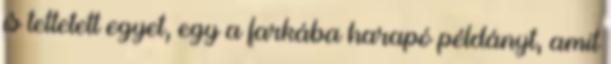
is tettetett egyet, egy a farkába harapó példányt, amit